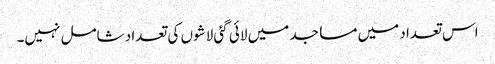
اس تعداد میں مساجد میں لائی گئی لاشوں کی تعداد شامل نہیں۔